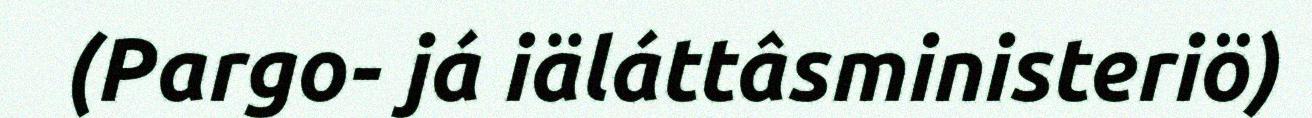
(Pargo- já iäláttâsministeriö)